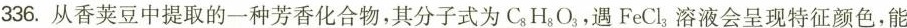
336.从香荚豆中提取的一种芳香化合物，其分子式为C_{8}H_{8}O_{3}，遇FeCl_{3}溶液会呈现特征颜色，能